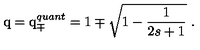
\mathrm { q } = \mathrm { q } _ { \mp } ^ { q u a n t } = 1 \mp \sqrt { 1 - \frac { 1 } { 2 s + 1 } } \ .